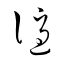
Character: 謫